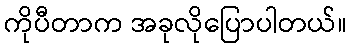
ကိုပီတာက အခုလိုပြောပါတယ်။